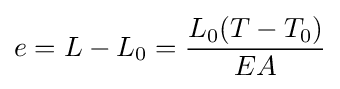
e=L-L_{0}={\frac {L_{0}(T-T_{0})}{EA}}